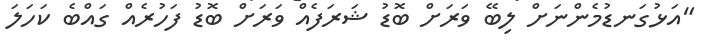
"އަޅުގަނޑުމެންނަށް ލިބޭ ވަރަށް ބޮޑު ޝަރަފެއް ވަރަށް ބޮޑު ފަހުރެއް ގައްބެ ކަހަލަ